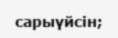
сарыүйсін;